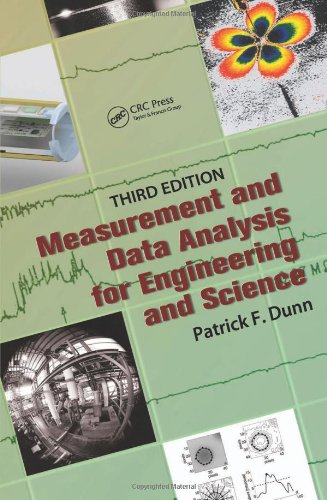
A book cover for Measurement, Data Analysis, and Sensor Fundamentals for Engineering and Science: Measurement and Data Analysis for Engineering and Science, Third Edition; Patrick F. Dunn; Science & Math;